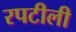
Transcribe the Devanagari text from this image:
रपटीली